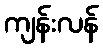
ကျန်းလန်